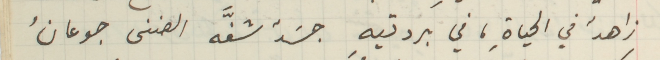
زاهدُ في الحياةِ، في بردتيهِ جسَدٌ شفَّه الضنى جوعانُ